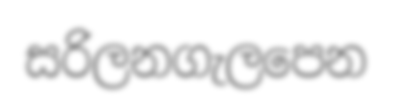
සරිලනගැලපෙන